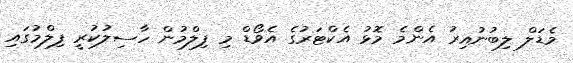
މެޑަލް ލިބުނުއިރު އެންމެ މޮޅު އެކްޓަރުގެ އެވޯޑް މި ފިލްމުން ހާސިލުކުރީ ފިލްމުގައި